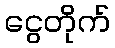
ငွေတိုက်